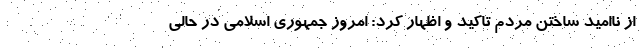
از ناامید ساختن مردم تاکید و اظهار کرد: امروز جمهوری اسلامی در حالی